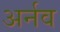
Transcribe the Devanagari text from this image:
अर्नव